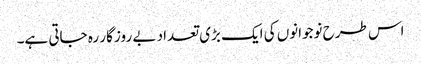
اس طرح نوجوانوں کی ایک بڑی تعداد بے روز گار رہ جاتی ہے۔